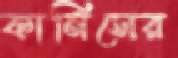
কার্নিসের